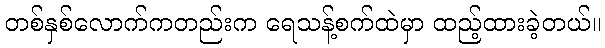
တစ်နှစ်လောက်ကတည်းက ရေသန့်စက်ထဲမှာ ထည့်ထားခဲ့တယ်။